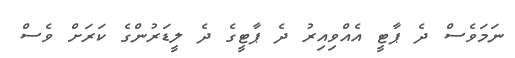
ނަމަވެސް ދެ ޕާޓީ އެއްވިއިރު ދެ ޕާޓީގެ ދެ ލީޑަރުންގެ ކަރަށް ވެސް